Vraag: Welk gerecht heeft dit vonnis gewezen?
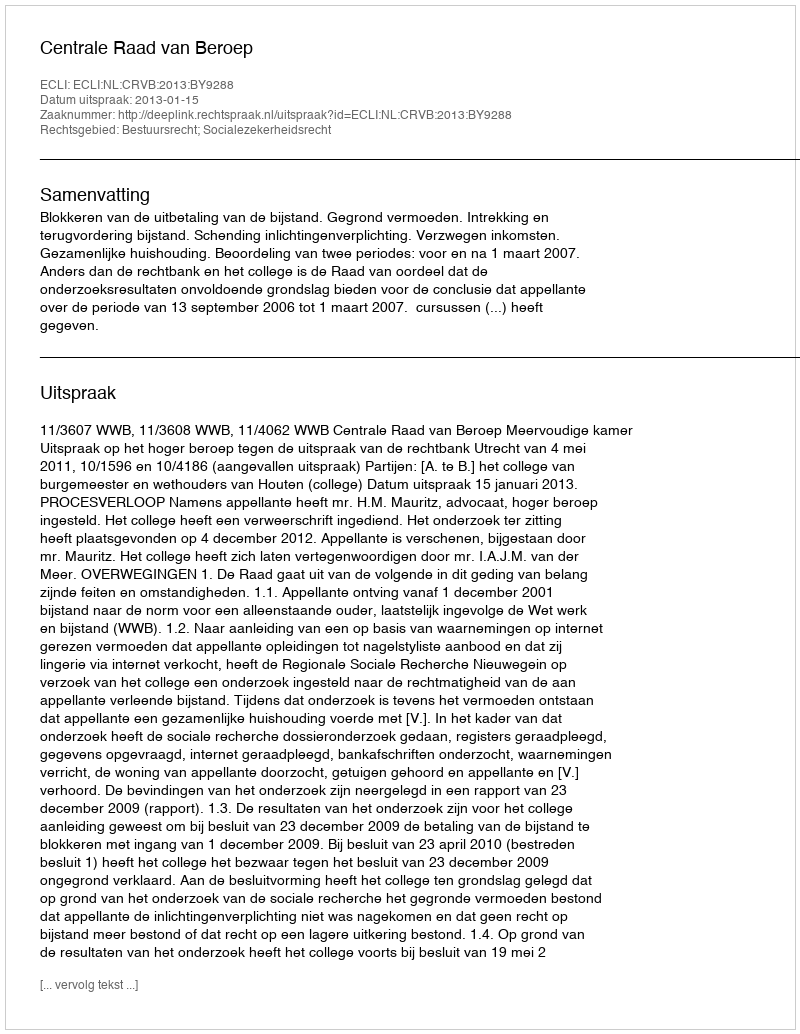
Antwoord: Centrale Raad van Beroep